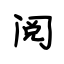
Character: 阅